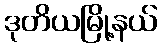
ဒုတိယမြို့နယ်